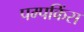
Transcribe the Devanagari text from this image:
पम्पकिंस